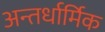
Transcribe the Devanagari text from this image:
अन्तर्धार्मिक